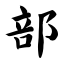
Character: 部